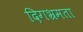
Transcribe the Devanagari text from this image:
दिगभ्रमता